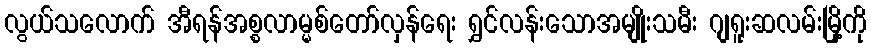
လွယ်သလောက် အီရန်အစ္စလာမ္မစ်တော်လှန်ရေး ရွှင်လန်းသောအမျိုးသမီး ဂျရူးဆလမ်းမြို့ကို